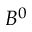
B ^ { 0 }